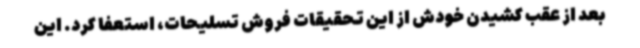
بعد از عقب کشیدن خودش از این تحقیقات فروش تسلیحات، استعفا کرد. این